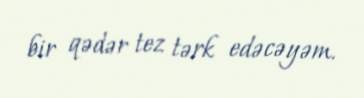
bir qədər tez tərk edəcəyəm.